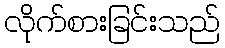
လိုက်စားခြင်းသည်